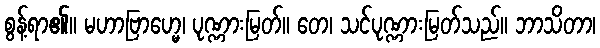
စွန့်ရာ၏။ မဟာဗြာဟ္မေ၊ ပုဏ္ဏားမြတ်။ တေ၊ သင်ပုဏ္ဏားမြတ်သည်။ ဘာသိတာ၊